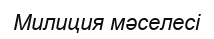
Милиция мәселесі